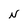
Character: N